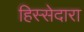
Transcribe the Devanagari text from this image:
हिस्सेदारा